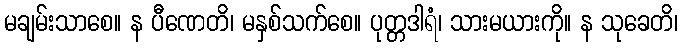
မချမ်းသာစေ။ န ပီဏေတိ၊ မနှစ်သက်စေ။ ပုတ္တဒါရံ၊ သားမယားကို။ န သုခေတိ၊